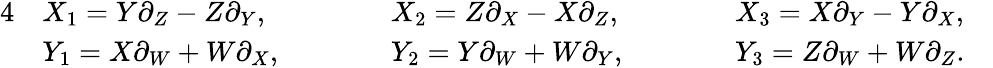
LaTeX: \begin{array}{rlrlrlr}{{4}}&{X_{1}=Y\partial_{Z}-Z\partial_{Y},\qquad}&&{X_{2}=Z\partial_{X}-X\partial_{Z},\qquad}&&{X_{3}=X\partial_{Y}-Y\partial_{X},}&\\ &{Y_{1}=X\partial_{W}+W\partial_{X},\qquad}&&{Y_{2}=Y\partial_{W}+W\partial_{Y},\qquad}&&{Y_{3}=Z\partial_{W}+W\partial_{Z}.}&\end{array}